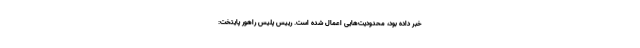
خبر داده بود، محدودیت‌هایی اعمال شده است. رییس پلیس راهور پایتخت: